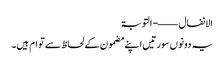
الانفال ——- التوبۃ
یہ دونوں سورتیں اپنے مضمون کے لحاظ سے توام ہیں۔